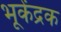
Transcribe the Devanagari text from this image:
भूकेंद्रक